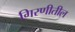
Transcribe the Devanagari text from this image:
गिरणीतील